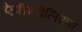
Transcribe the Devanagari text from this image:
ऐपीथीलियम